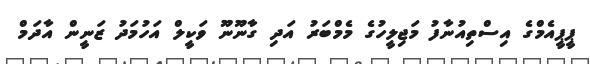
ޕީޕީއެމްގެ އިސްތިއުނާފު މަޖިލީހުގެ މެމްބަރު އަދި ގާނޫނޫ ވަކީލް އަހުމަދު ޒަނީން އާދަމް